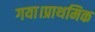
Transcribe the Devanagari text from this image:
गया।प्राथमिक